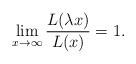
LaTeX: \begin{align*}\lim_{x\to\infty}\frac{L(\lambda x)}{L(x)}=1.\end{align*}